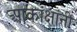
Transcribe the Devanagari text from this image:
आकांक्षांनी